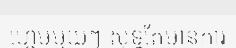
ហ្គេមមួយៗ សុទ្ធតែមានការ